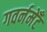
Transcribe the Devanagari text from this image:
गवर्नमेँट